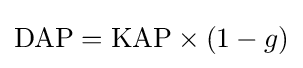
\mathrm {DAP} =\mathrm {KAP} \times (1-g)